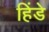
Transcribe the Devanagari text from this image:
हिंडे